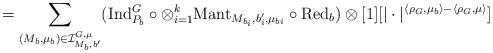
LaTeX: \begin{align*}=\sum\limits_{(M_b, \mu_b) \in \mathcal{I}^{G, \mu}_{M_b, b'}}(\mathrm{Ind}^G_{P_b} \circ \otimes^k_{i=1} \mathrm{Mant}_{M_{b_i}, b'_i, \mu_{b i}} \circ \mathrm{Red}_b)\otimes [1][|\cdot|^{\langle \rho_G, \mu_b \rangle - \langle \rho_G, \mu \rangle}]\end{align*}